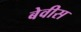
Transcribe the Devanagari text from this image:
बेवीस